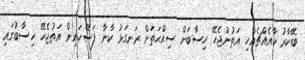
ބޭކާރު ކާއެއްޗެއްހި އަތުނުޖެހޭ ހިސާބަށް ސިއްޙަތަށް ރަނގަޅު ކާނާ ފަސޭހައިން އަތުޖެހޭ ހިސާބުގައި